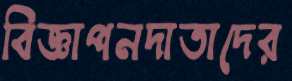
বিজ্ঞাপনদাতাদের